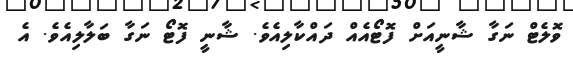
ވޮލެޓް ނަގާ ޝާނީއަށް ފޮޓޯއެއް ދައްކާލިއެވެ. ޝާނީ ފޮޓޯ ނަގާ ބަލާލިއެވެ. އެ